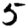
Digit: 5